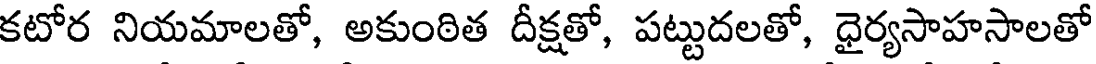
కటోర నియమాలతో, అకుంఠిత దీక్షతో, పట్టుదలతో, ధైర్యసాహసాలతో